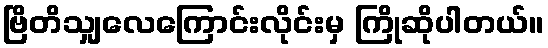
ဗြိတိသျှလေကြောင်းလိုင်းမှ ကြိုဆိုပါတယ်။